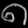
Digit: ၈